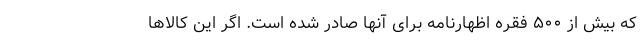
که بیش از ۵۰۰ فقره اظهارنامه برای آنها صادر شده است. اگر این کالاها